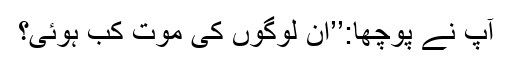
آپ نے پوچھا:’’ان لوگوں کی موت کب ہوئی؟